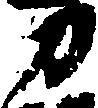
刀